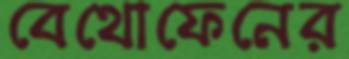
বেথোফেনের